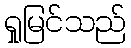
ရှုမြင်သည်